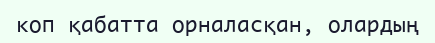
коп қабатта орналасқан, олардың